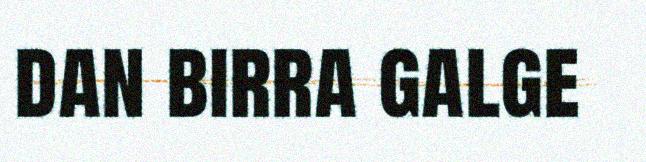
dan birra galge